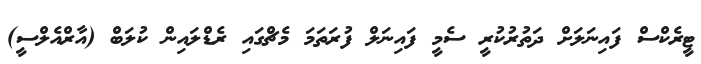
ޓީރެކްސް ފައިނަލަށް ދަތުރުކުރީ ސެމީ ފައިނަލް ފުރަތަމަ މެޗްގައި ރެޑްލައިން ކުލަބް (އާރްއެލްސީ)